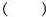
( )